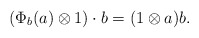
\begin{align*}(\Phi_b(a)\otimes 1)\cdot b = (1\otimes a)b .\end{align*}